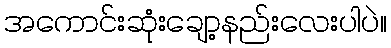
အကောင်းဆုံးချော့နည်းလေးပါပဲ။